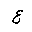
Letter: _ayn